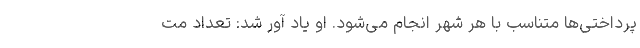
پرداختی‌ها متناسب با هر شهر انجام می‌شود. او یاد آور شد: تعداد مت